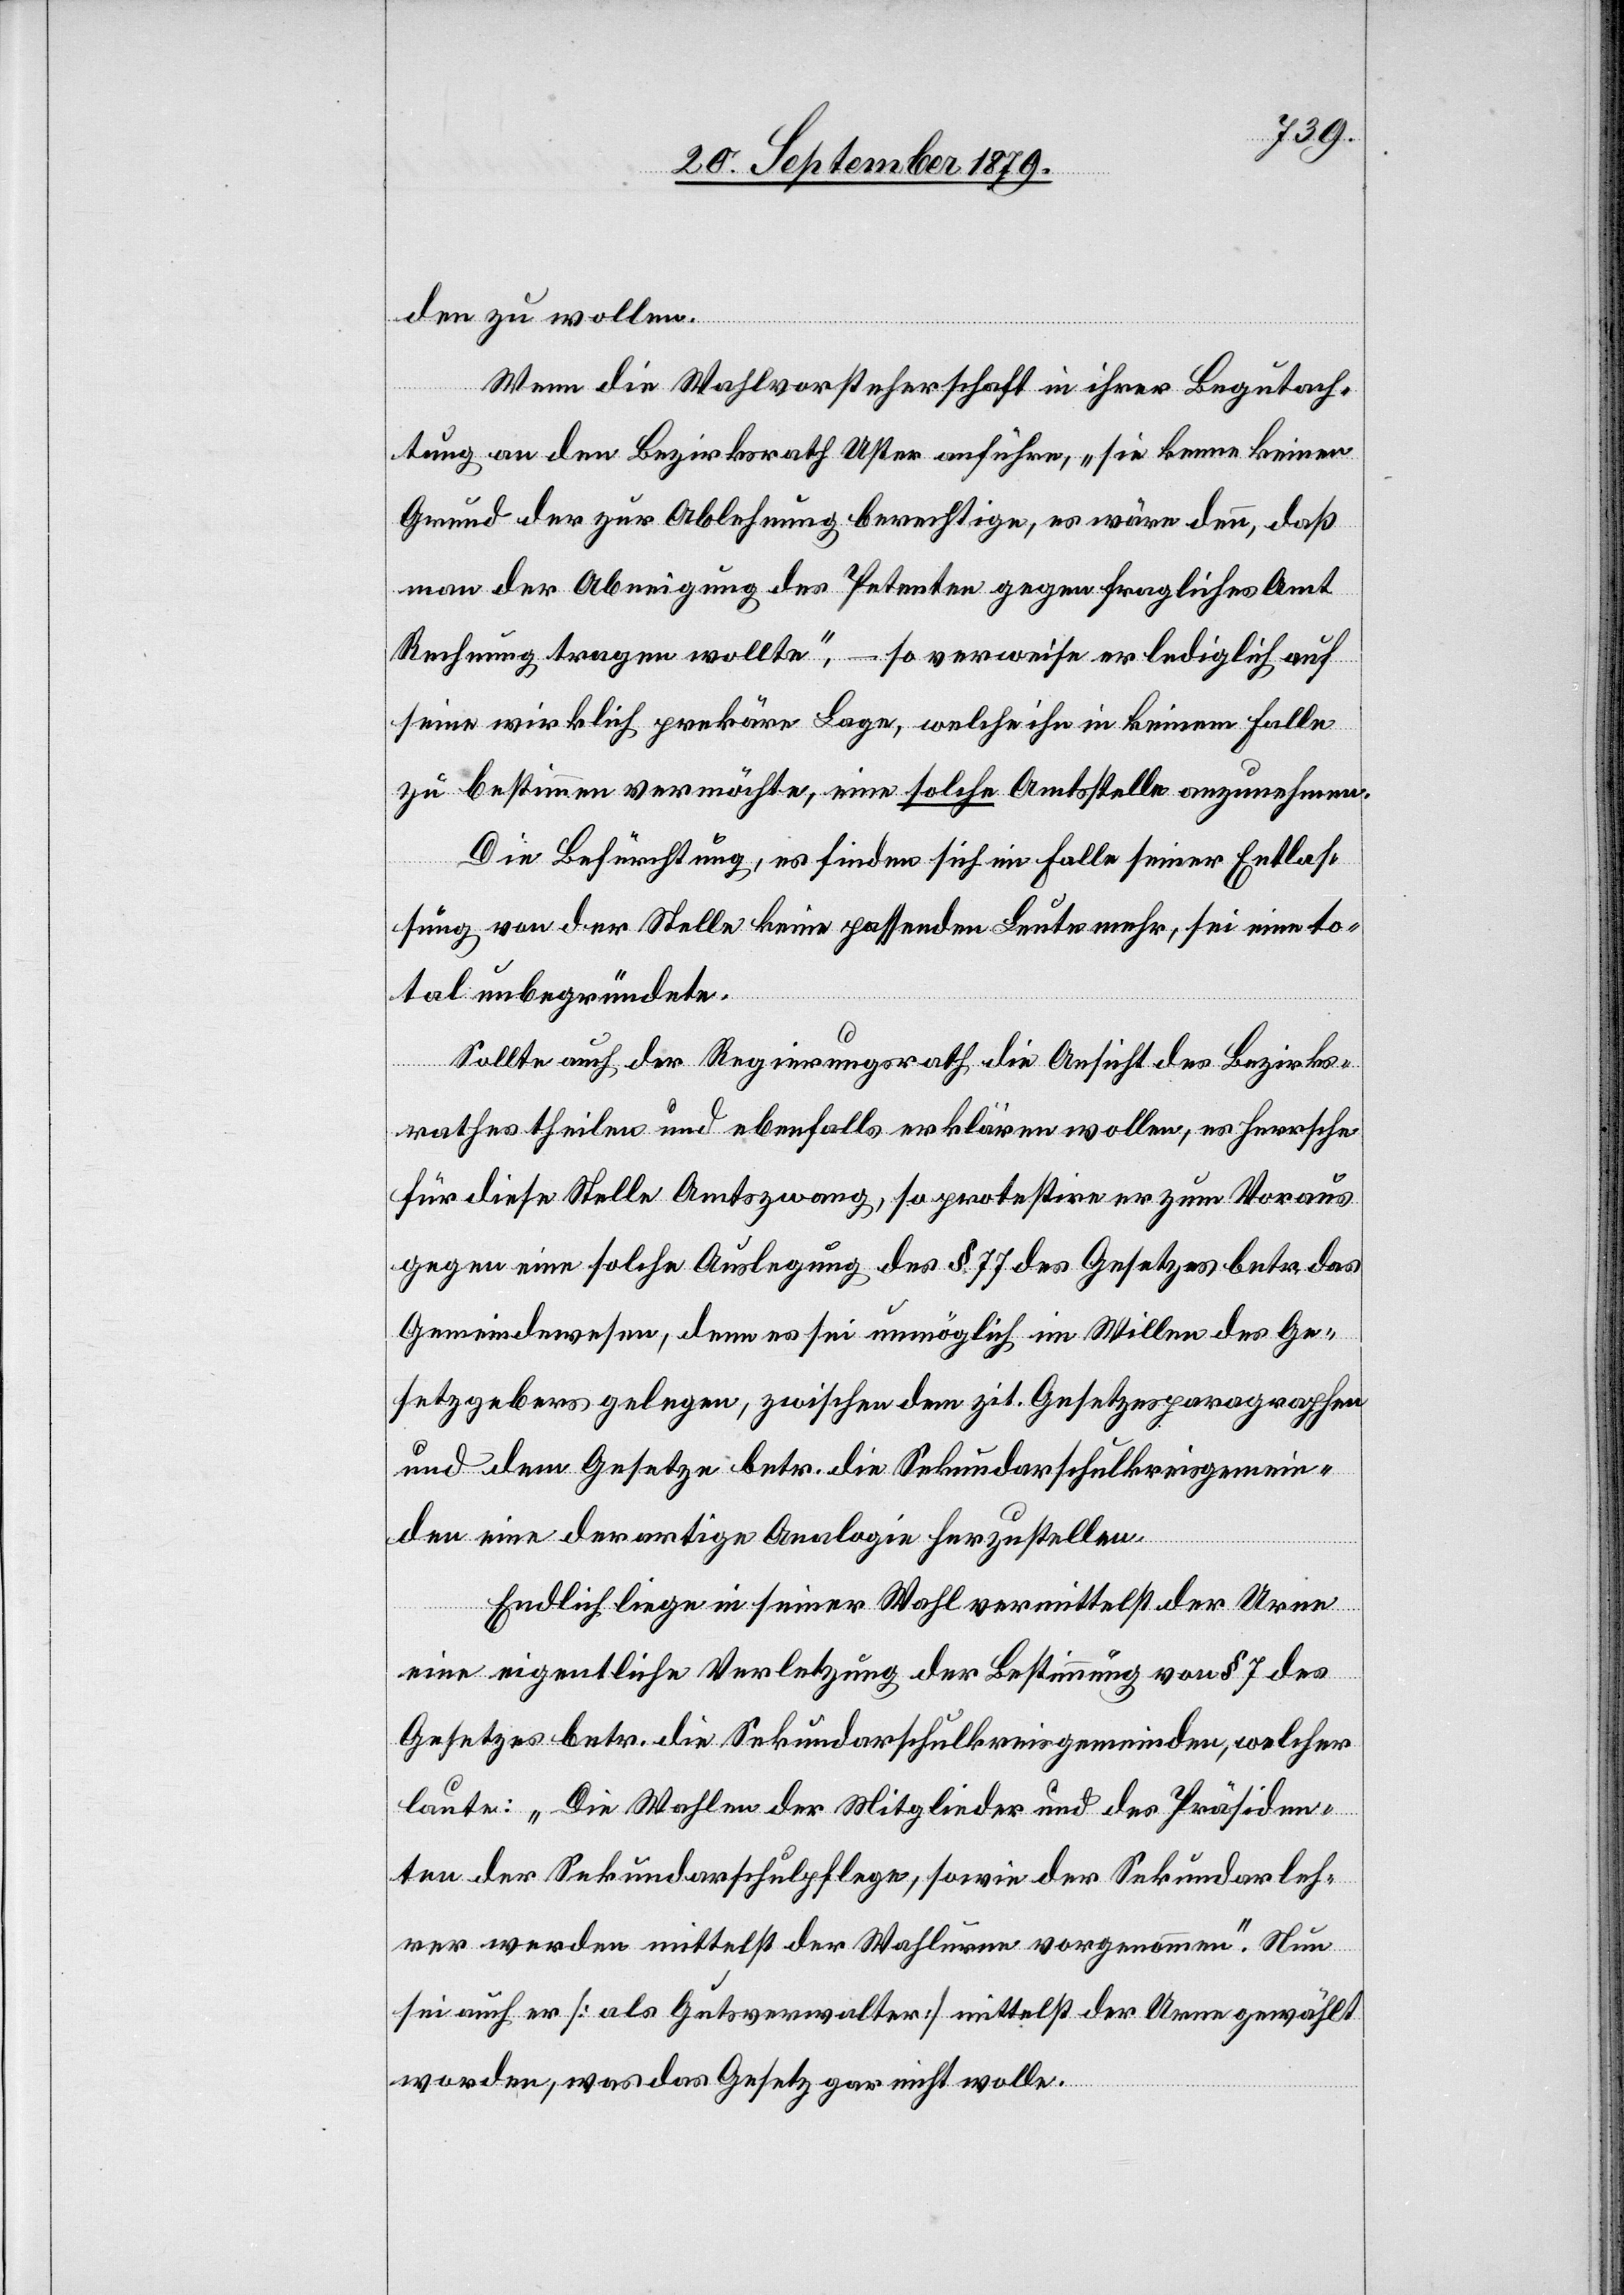
den zu wollen.
Wenn die Wahlvorsteherschaft in ihrer Begutach¬
tung an den Bezirksrath Uster anführen, „sie kenne keinen
Grund der zur Ablehnung berechtige, es wäre denn, daß
man der Abneigung des Petenten gegen fragliches Amt
Rechnung tragen wollte“, – so verweise er lediglich auf
seine wirklich prekäre Lage, welche ihn in keinem Falle
zu bestimmen vermöchte, eine solche Amtsstelle anzunehmen.
Die Befürchtung, es finden sich im Falle einer Entlas¬
sung von der Stelle keine passenden Leute mehr, sei eine to¬
tal unbegründete.
Sollte auch der Regierungsrath die Ansicht des Bezirks¬
rathes theilen und ebenfalls erklären wollen, es herrsche
für diese Stelle Amtszwang, so protestire er zum Voraus
gegen eine solche Auslegung des § 77 des Gesetzes betr. das
Gemeindewesen, denn es sei unmöglich im Willen des Ge¬
setzgebers gelegen, zwischen dem zit. Gesetzesparagraphen
und dem Gesetze betr. die Sekundarschulkreisgemein¬
den eine derartige Analogie herzustellen.
Endlich liege in seiner Wahl vermittelst der Urne
eine eigentliche Verletzung der Bestimmung von § 7 des
Gesetzes betr. die Sekundarschulkreisgemeinden, welcher
laute: „Die Wahlen der Mitglieder und des Präsiden¬
ten der Sekundarschulpflege, sowie er Sekundarleh¬
rer werden mittelst der Wahlurnen vorgenommen“. Nun
sei auch er [als Gutsverwalter] mittelst der Urne gewählt
worden, was das Gesetz gar nicht wolle.